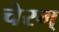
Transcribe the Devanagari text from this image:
चेरम्